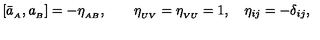
[ \bar { a } _ { _ A } , a _ { _ B } ] = - \eta _ { _ { A B } } , \qquad \eta _ { _ { U V } } = \eta _ { _ { V U } } = 1 , \quad \eta _ { i j } = - \delta _ { i j } ,